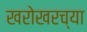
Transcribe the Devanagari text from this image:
खरोखरच्या